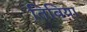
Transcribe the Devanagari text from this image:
तिबिया